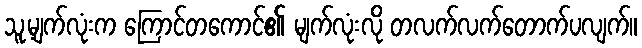
သူ့မျက်လုံးက ကြောင်တကောင်၏ မျက်လုံးလို တလက်လက်တောက်ပလျက်။